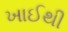
ખાઈથી